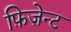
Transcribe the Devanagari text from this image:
फ़िज़ेन्ट